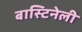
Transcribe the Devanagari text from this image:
बास्टिनेली